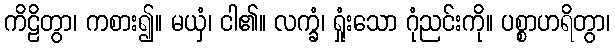
ကိဠိတွာ၊ ကစား၍။ မယှံ၊ ငါ၏။ လက္ခံ၊ ရှုံးသော ဂုံညင်းကို။ ပစ္စာဟရိတွာ၊